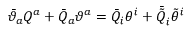
\bar { \vartheta } _ { a } { \cal Q } ^ { a } + \bar { { \cal Q } } _ { a } \vartheta ^ { a } = \bar { Q } _ { i } \theta ^ { i } + \bar { \tilde { Q } } _ { i } \tilde { \theta } ^ { i }